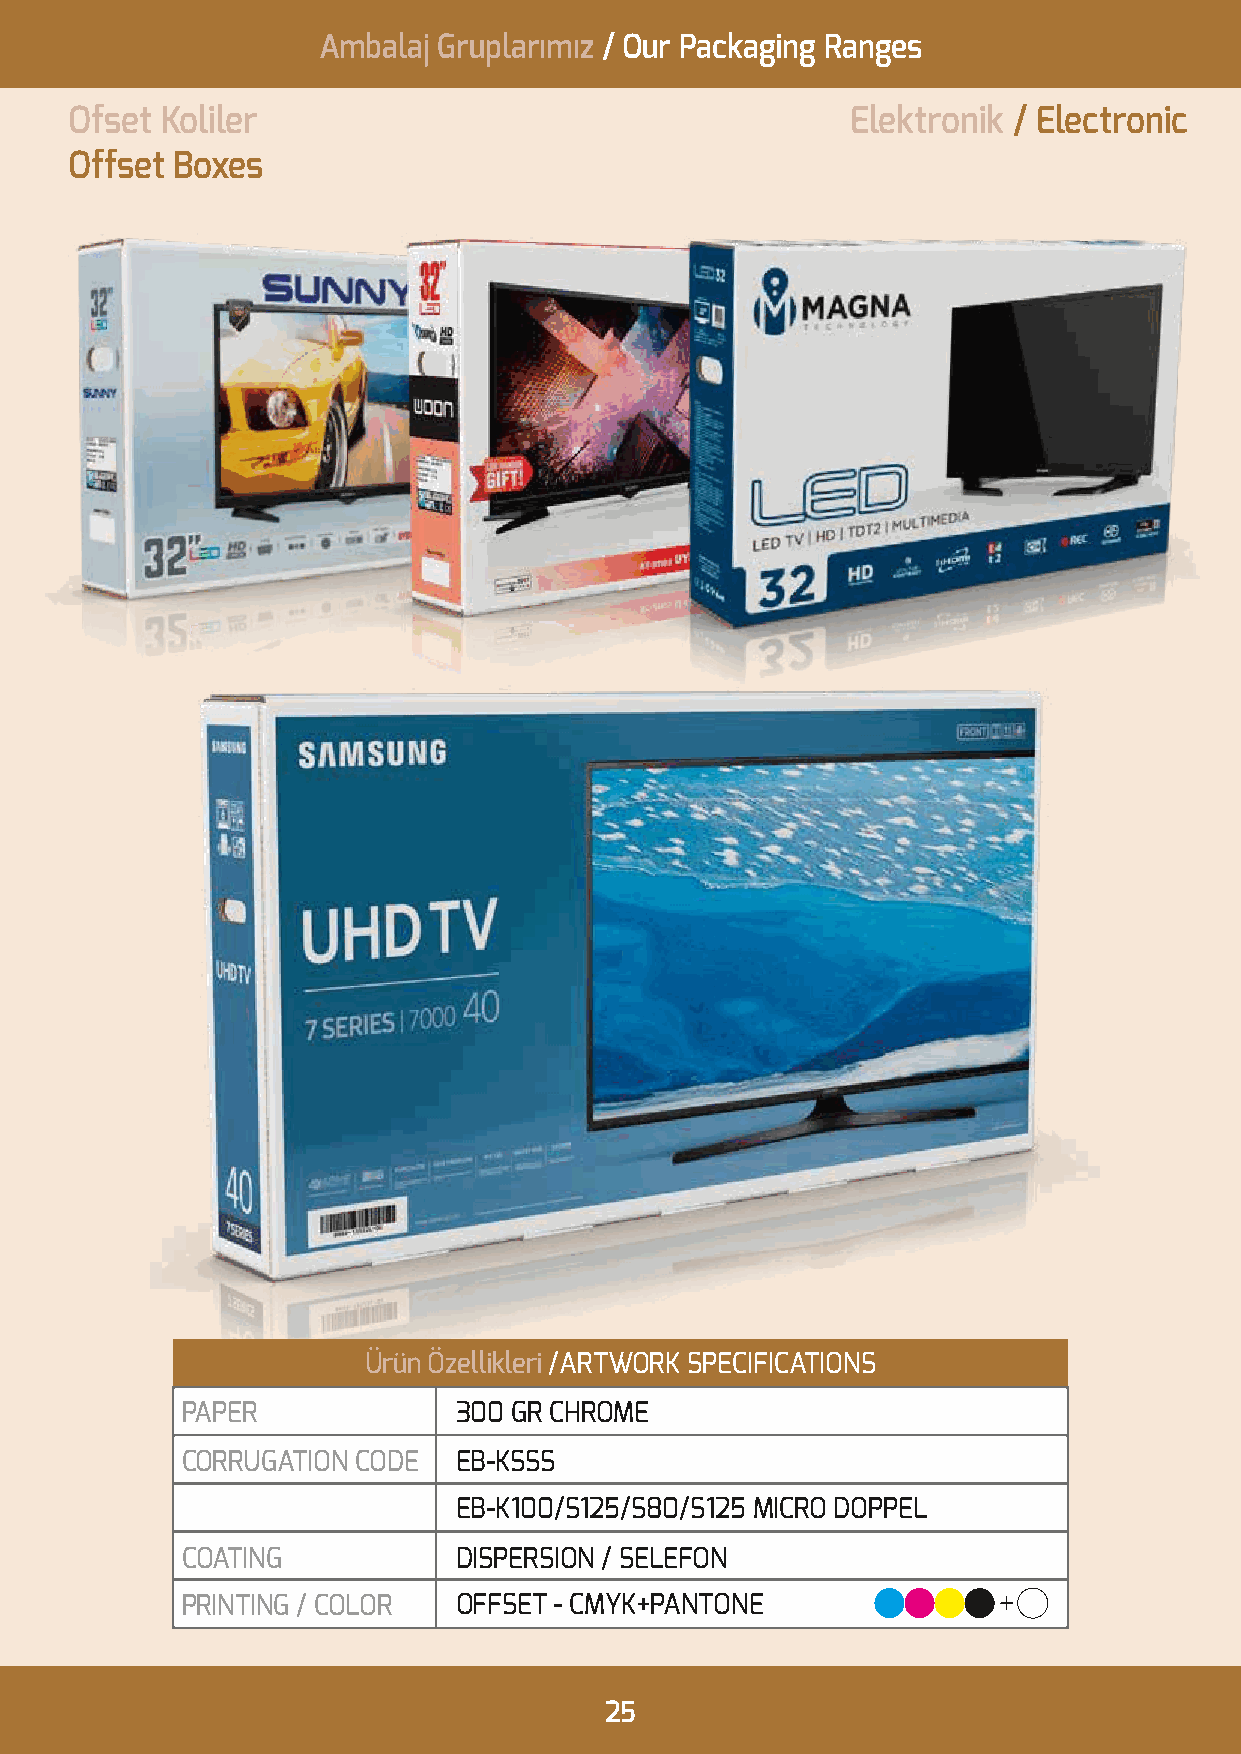
Ambalaj Gruplarımız / Our Packaging Ranges
 Ofset Koliler                                      Elektronik / Electronic
 Offset Boxes
 Ürün Özellikleri /ARTWORK SPECIFICATIONS
 PAPER             300 GR CHROME
 CORRUGATION CODE  EB-KSSS
 EB-K100/S125/S80/S125 MICRO DOPPEL
 COATING           DISPERSION / SELEFON
 PRINTING / COLOR  OFFSET - CMYK+PANTONE
 25